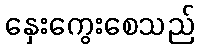
နှေးကွေးစေသည်